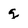
Character: g